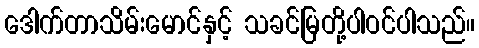
ဒေါက်တာသိမ်းမောင်နှင့် သခင်မြတို့ပါဝင်ပါသည်။